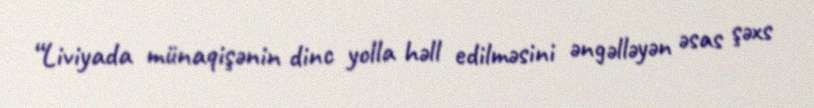
“Liviyada münaqişənin dinc yolla həll edilməsini əngəlləyən əsas şəxs